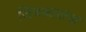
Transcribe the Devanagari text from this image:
जिचकारांचा